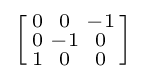
\left[{\begin{smallmatrix}0&0&-1\\0&-1&0\\1&0&0\\\end{smallmatrix}}\right]